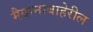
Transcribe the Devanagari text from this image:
मैदानाबाहेरील